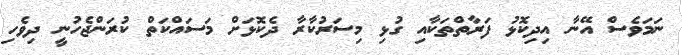
ނަމަވެސް އޭނާ އިދިކޮޅު ފަރާތްތަކާއި ގުޅި މިސަރުކާރާ ދެކޮޅަށް މަސައްކަތް ކުރަންޖެހުނީ ދިވެހި